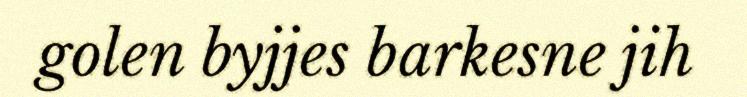
golen byjjes barkesne jih